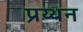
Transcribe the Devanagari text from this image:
प्रय्थन